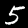
Digit: 5